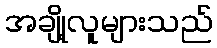
အချို့လူများသည်